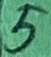
Text: 5